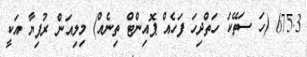
675.3 (ހަ ސަތޭކަ ހަތްދިހަ ފަހެއް ޕޮއިންޓް ތިނެއް) މިލިއަން ރުފިޔާ އަކީ